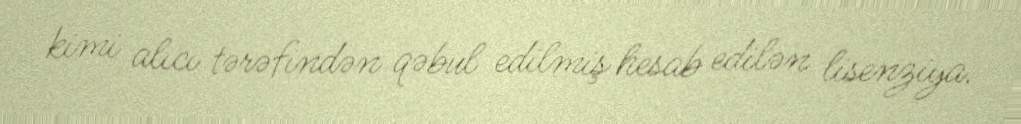
kimi alıcı tərəfindən qəbul edilmiş hesab edilən lisenziya.